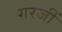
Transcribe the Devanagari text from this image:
गरजीं